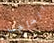
الحاجب